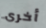
أخرى